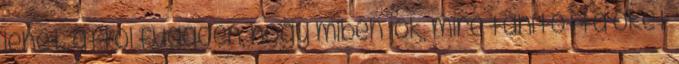
lehet, attól függően, hogy miben jók, mire tanította őket